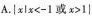
A.|xlx<-i或x>1|